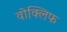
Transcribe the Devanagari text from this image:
वोक्लिफ